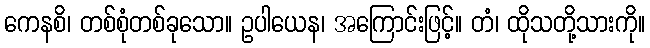
ကေနစိ၊ တစ်စုံတစ်ခုသော။ ဥပါယေန၊ အကြောင်းဖြင့်။ တံ၊ ထိုသတို့သားကို။